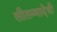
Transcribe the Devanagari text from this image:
सीतम्मादेवी